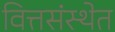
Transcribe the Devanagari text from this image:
वित्तसंस्थेत